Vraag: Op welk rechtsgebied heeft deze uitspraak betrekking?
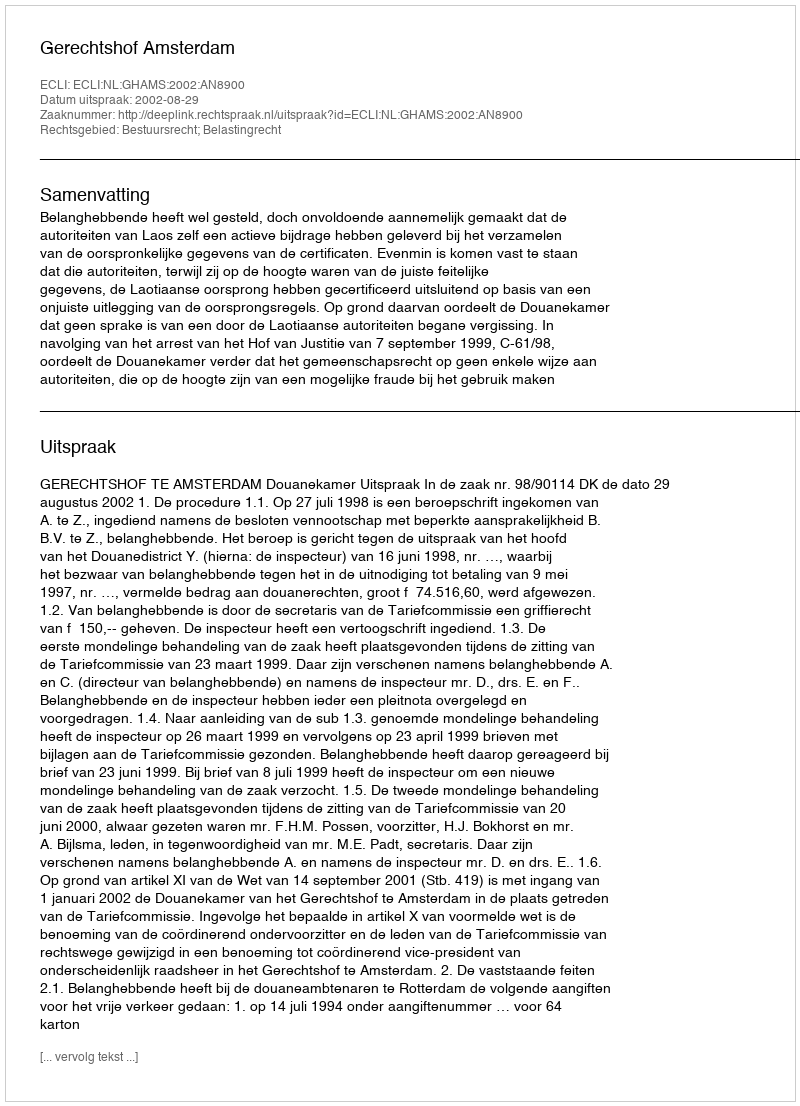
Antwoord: Bestuursrecht; Belastingrecht